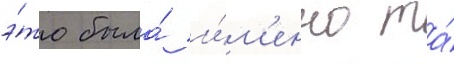
э́то была́ и́м'енно та́